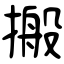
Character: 搬